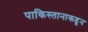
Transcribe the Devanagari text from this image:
पाकिस्तानाकडून